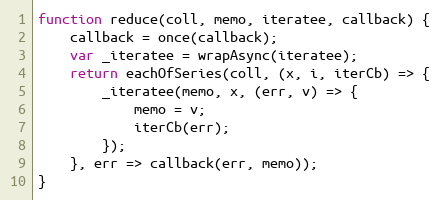
Language: JavaScript
function reduce(coll, memo, iteratee, callback) {
    callback = once(callback);
    var _iteratee = wrapAsync(iteratee);
    return eachOfSeries(coll, (x, i, iterCb) => {
        _iteratee(memo, x, (err, v) => {
            memo = v;
            iterCb(err);
        });
    }, err => callback(err, memo));
}